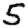
Digit: 5